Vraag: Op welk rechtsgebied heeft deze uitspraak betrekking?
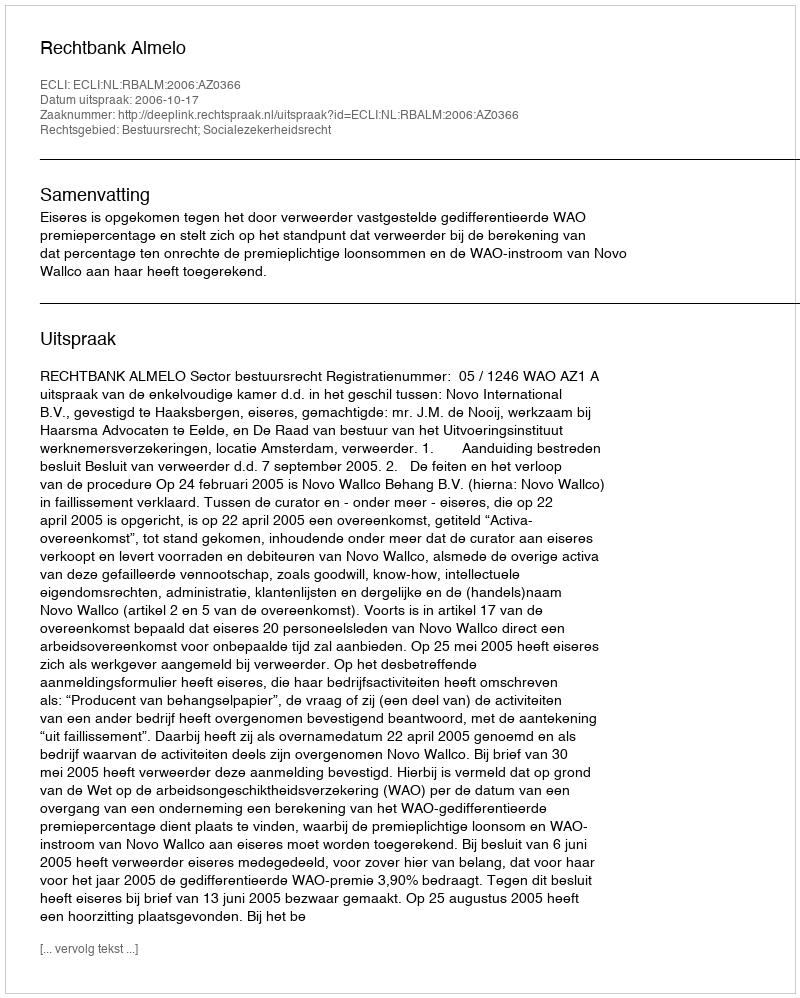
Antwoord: Bestuursrecht; Socialezekerheidsrecht